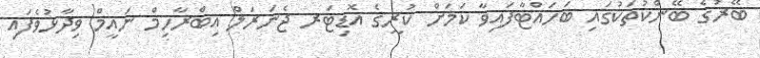
ބޭރުގެ ބޭންކުތަކުގައި ބަހައްޓާފައިވާ ކަމަށް ކުރީގެ އޮޑިޓަރ ޖެނަރަލް އިބްރާހިމް ނައީމް ވިދާޅުވެފައި